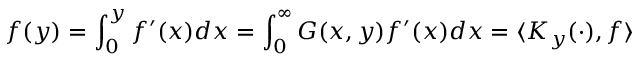
f ( y ) = \int _ { 0 } ^ { y } f ^ { \prime } ( x ) d x = \int _ { 0 } ^ { \infty } G ( x , y ) f ^ { \prime } ( x ) d x = \langle K _ { y } ( \cdot ) , f \rangle